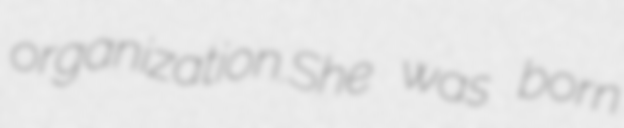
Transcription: organization.She was born